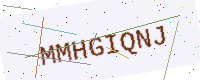
Text: MMHGIQNJ